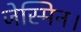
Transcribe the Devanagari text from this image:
जेस्मिन।